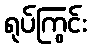
ရုပ်ကြွင်း